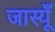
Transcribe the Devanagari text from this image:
जास्यूँ